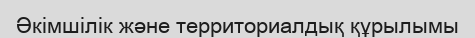
Әкімшілік және территориалдық құрылымы